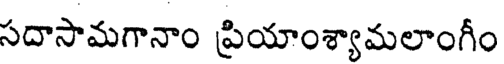
సదాసామగానాం ప్రియాంశ్యామలాంగీం